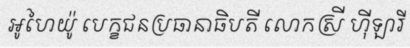
អូហៃយ៉ូ បេក្ខជនប្រធានាធិបតី លោកស្រី ហ៊ីឡារី